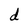
Character: d